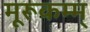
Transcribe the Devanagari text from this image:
मूरूकम्म्